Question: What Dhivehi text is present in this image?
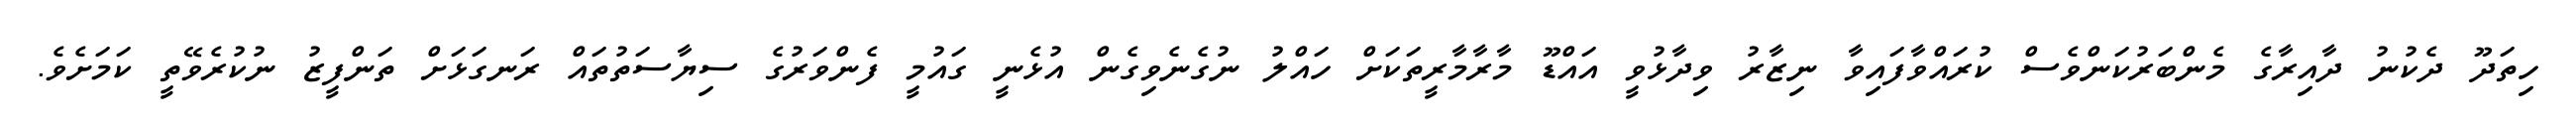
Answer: ހިތަދޫ ދެކުނު ދާއިރާގެ މެންބަރުކަންވެސް ކުރައްވާފައިވާ ނިޒާރު ވިދާޅުވީ އައްޑޫ މާރާމާރީތަކަށް ހައްލު ނުގެނެވިގެން އުޅެނީ ގައުމީ ފެންވަރުގެ ސިޔާސަތުތައް ރަނގަޅަށް ތަންފީޒު ނުކުރެވޭތީ ކަމަށެވެ.